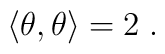
\left\langle \theta ,\theta \right\rangle =2\;.